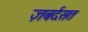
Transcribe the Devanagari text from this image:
ज़बर्दसत